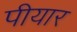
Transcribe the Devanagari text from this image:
पीयार